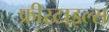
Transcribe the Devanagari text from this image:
फ्रीस्टाइल्स